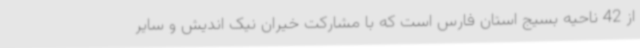
از 42 ناحیه بسیج استان فارس است که با مشارکت خیران نیک اندیش و سایر